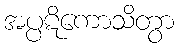
အပ္ပဋိကောသိတွာ